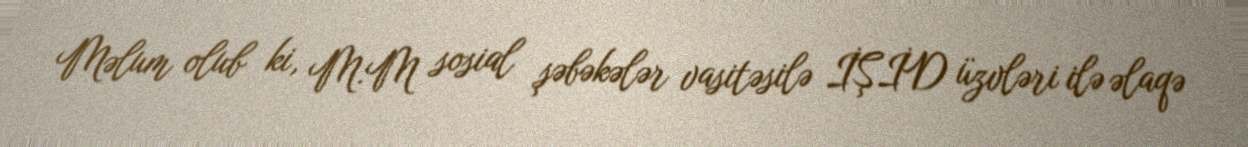
Məlum olub ki, M.M sosial şəbəkələr vasitəsilə İŞİD üzvləri ilə əlaqə